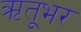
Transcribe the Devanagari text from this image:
ऋतूभर